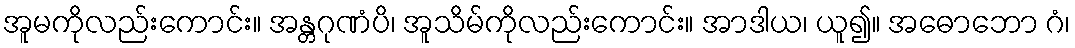
အူမကိုလည်းကောင်း။ အန္တဂုဏံပိ၊ အူသိမ်ကိုလည်းကောင်း။ အာဒါယ၊ ယူ၍။ အဓောဘော ဂံ၊